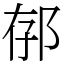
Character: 𨚲